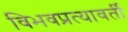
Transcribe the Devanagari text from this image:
विभवप्रत्यावर्ती